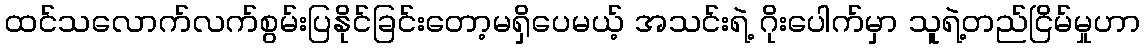
ထင်သလောက်လက်စွမ်းပြနိုင်ခြင်းတော့မရှိပေမယ့် အသင်းရဲ့ ဂိုးပေါက်မှာ သူရဲ့တည်ငြိမ်မှုဟာ